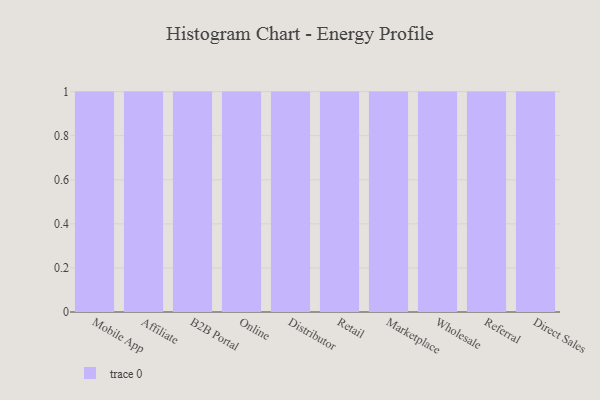
{"axis": {"x": "Channel", "y": "Churn Rate (%)"}, "legend": [""], "data": [{"x": "Mobile App", "y": 15, "type": ""}, {"x": "Affiliate", "y": 83, "type": ""}, {"x": "B2B Portal", "y": 51, "type": ""}, {"x": "Online", "y": 50, "type": ""}, {"x": "Distributor", "y": 70, "type": ""}, {"x": "Retail", "y": 31, "type": ""}, {"x": "Marketplace", "y": 60, "type": ""}, {"x": "Wholesale", "y": 61, "type": ""}, {"x": "Referral", "y": 57, "type": ""}, {"x": "Direct Sales", "y": 19, "type": ""}]}